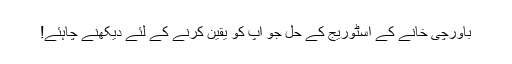
باورچی خانے کے اسٹوریج کے حل جو آپ کو یقین کرنے کے لئے دیکھنے چاہئے!